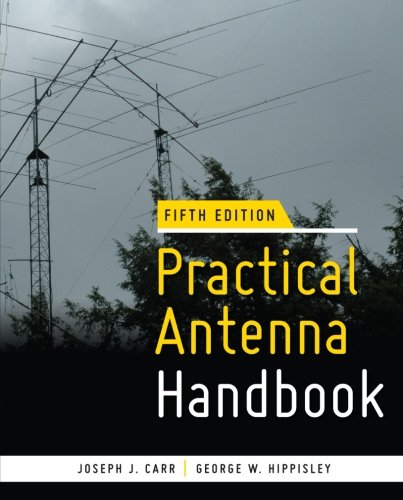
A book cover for Practical Antenna Handbook 5/e; Joseph Carr; Engineering & Transportation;